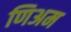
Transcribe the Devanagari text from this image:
णिअम